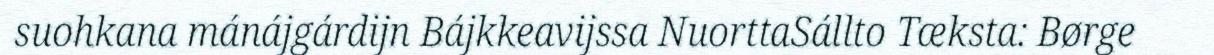
suohkana mánájgárdijn Bájkkeavijssa NuorttaSállto Tæksta: Børge